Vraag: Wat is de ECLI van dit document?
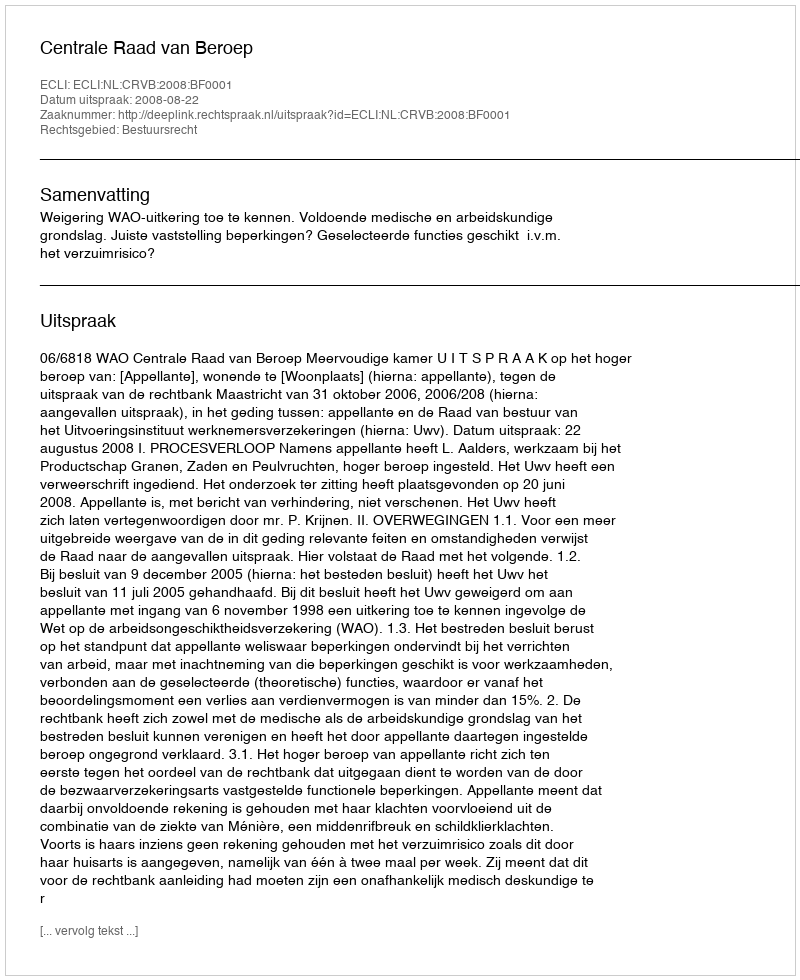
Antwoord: ECLI:NL:CRVB:2008:BF0001